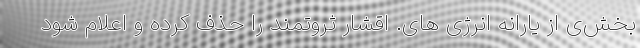
بخش‌ی از یارانه انرژی های. اقشار ثروتمند را حذف کرده و اعلام شود